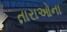
તારાઓના